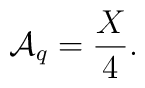
{\cal A}_q = \frac{X}{4} .